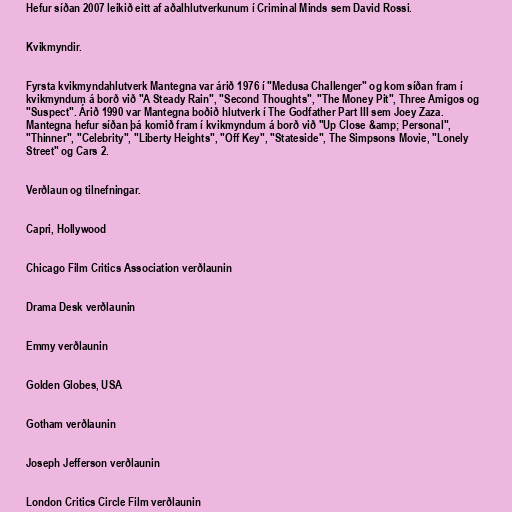
Hefur síðan 2007 leikið eitt af aðalhlutverkunum í Criminal Minds sem David Rossi.

Kvikmyndir.

Fyrsta kvikmyndahlutverk Mantegna var árið 1976 í "Medusa Challenger" og kom síðan fram í
kvikmyndum á borð við "A Steady Rain", "Second Thoughts", "The Money Pit", Three Amigos og
"Suspect". Árið 1990 var Mantegna boðið hlutverk í The Godfather Part III sem Joey Zaza.
Mantegna hefur síðan þá komið fram í kvikmyndum á borð við "Up Close &amp; Personal",
"Thinner", "Celebrity", "Liberty Heights", "Off Key", "Stateside", The Simpsons Movie, "Lonely
Street" og Cars 2.

Verðlaun og tilnefningar.

Capri, Hollywood

Chicago Film Critics Association verðlaunin

Drama Desk verðlaunin

Emmy verðlaunin

Golden Globes, USA

Gotham verðlaunin

Joseph Jefferson verðlaunin

London Critics Circle Film verðlaunin